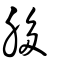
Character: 䏧